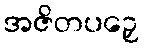
အဇိတပဉှေ